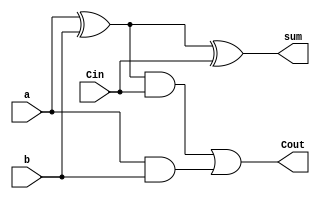
module full_adder(
    input a,
    input b,
    input Cin,
    output sum,
    output Cout
);

assign sum=(a^b)^Cin;
assign Cout= ((a^b)&Cin)|(a&b);

endmodule